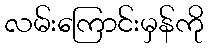
လမ်းကြောင်းမှန်ကို